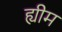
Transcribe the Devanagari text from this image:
ह्यीम